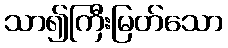
သာ၍ကြီးမြတ်သော